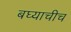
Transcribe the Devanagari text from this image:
बघ्याचीच